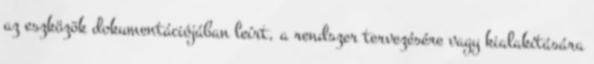
az eszközök dokumentációjában leírt, a rendszer tervezésére vagy kialakítására